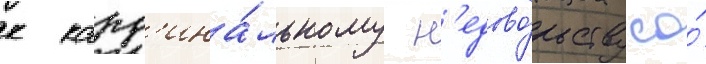
к кард'ина́льному н'едово́льству со́